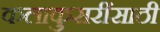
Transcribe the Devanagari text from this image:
कलाकुसरींसाठी